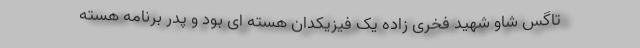
تاگس شاو شهید فخری زاده یک فیزیکدان هسته ای بود و پدر برنامه هسته